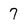
Character: 7